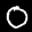
Label: 0